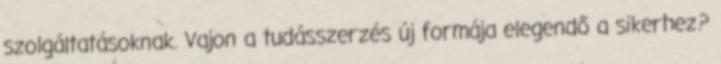
szolgáltatásoknak. Vajon a tudásszerzés új formája elegendő a sikerhez?